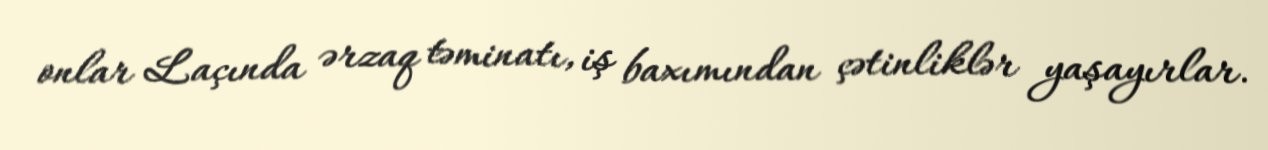
onlar Laçında ərzaq təminatı, iş baxımından çətinliklər yaşayırlar.